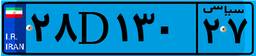
۲۸D۱۳۰۲۷